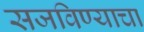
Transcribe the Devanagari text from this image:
सजविण्याचा